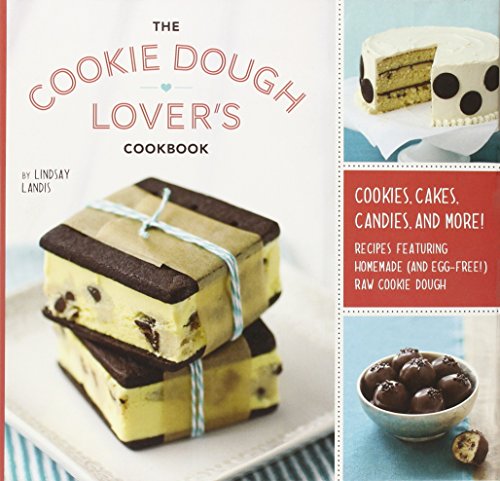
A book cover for The Cookie Dough Lover's Cookbook: Cookies, Cakes, Candies, and More; Lindsay Landis; Cookbooks, Food & Wine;